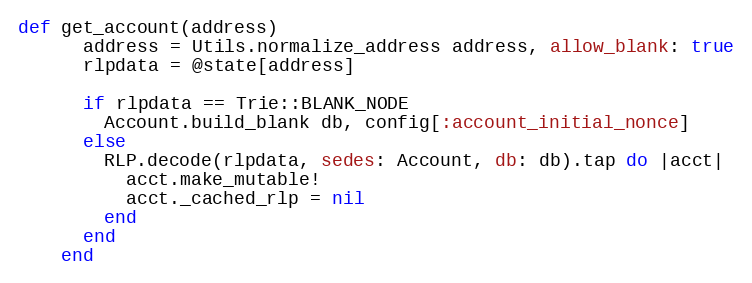
Language: Ruby
def get_account(address)
      address = Utils.normalize_address address, allow_blank: true
      rlpdata = @state[address]

      if rlpdata == Trie::BLANK_NODE
        Account.build_blank db, config[:account_initial_nonce]
      else
        RLP.decode(rlpdata, sedes: Account, db: db).tap do |acct|
          acct.make_mutable!
          acct._cached_rlp = nil
        end
      end
    end